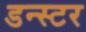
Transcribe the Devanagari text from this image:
डन्स्टर